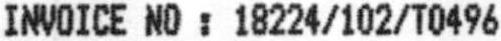
INVOICE NO : 18224/102/T0496